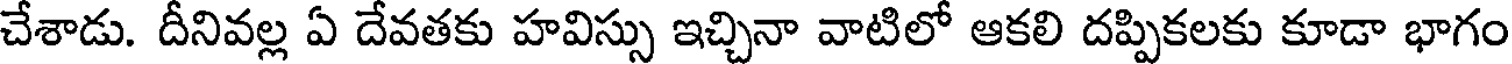
చేశాడు. దీనివల్ల ఏ దేవతకు హవిస్సు ఇచ్చినా వాటిలో ఆకలి దప్పికలకు కూడా భాగం